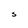
Character: S